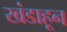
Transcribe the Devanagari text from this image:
खंडाहून